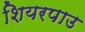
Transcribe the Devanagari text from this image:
शियरपाउ